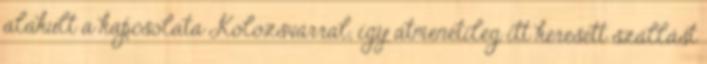
alakult a kapcsolata Kolozsvárral, így átmenetileg itt keresett szállást